Lunatic asylums in Bengal annual reports 1912-1924 - 1912-1924
Year: 1912
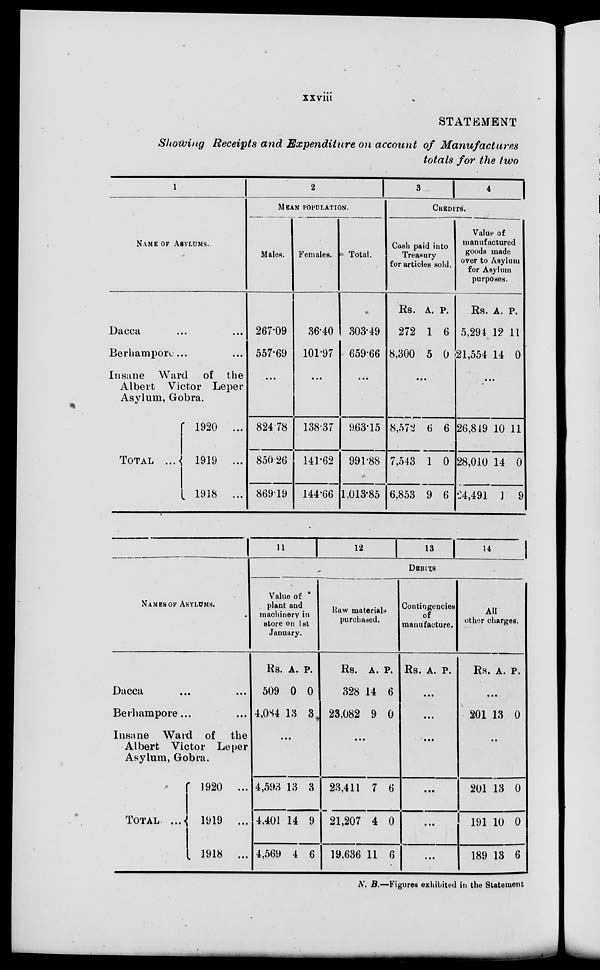
xxviii
STATEMENT
Showing Receipts and Expenditure on account of Manufactures
totals for the two
1
NAME OF ASYLUMS.
Dacca
...
...
Berhampore ... ...
Insane Ward of the
Albert Victor Leper
Asylum, Gobra.
TOTAL ...
1920 ...
1919 ...
1918 ...
2
MEAN POPULATION.
Males.
267.09
557.69
...
824.78
850.26
869.19
Females.
36.40
101.97
...
138.37
141.62
144.66
Total.
303.49
659.66
...
963.15
991.88
1,013.85
3
4
CREDITS.
Cash paid into
Treasury
for articles to sold.
Rs.
272
8,300
A.
1
5
P.
6
0
...
8,572
7,543
6,853
6
1
9
6
0
6
Value
manufactured
goods mads
over to Asylum
for Asylum
purposes.
Rs.
5,294
21,554
A.
12
14
P.
11
0
...
26,819
28,010
24,491
10
14
1
11
0
9
NAMES OF ASYLUMS.
Dacca ... ...
Berhampore ... ...
Insane Ward of the
Albert Victor Leper
Asylum, Gobra.
TOTAL ...
1920 ...
1919 ...
1918 ...
11
12
13
14
DEBITS
Value of
plant and
machinery in
store on 1st
January.
Rs.
509
4,084
A.
0
13
P.
0
3
...
4,593
4,401
4,569
13
14
4
3
9
6
Raw materials
purchased.
Rs.
328
23,082
A.
14
9
P.
6
0
...
23,411
21,207
19,636
7
4
11
6
0
6
Contingencies
of
manufacture.
Rs. A. P.
...
...
...
...
...
...
All
other charges.
Rs. A. P.
...
201 13 0
..
201
191
189
13
10
13
0
0
6
N. B.—Figures exhibited in the Statement